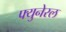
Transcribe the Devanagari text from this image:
फ्युनेरल